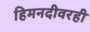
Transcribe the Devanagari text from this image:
हिमनदीवरही